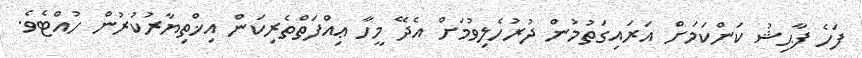
ފަހެ ފާޙިޝު ކަންކަމަށް އަރައިގަތުމުން ދުރުހެލިވުމަށް އެދޭ މީހާ ޢިއްފަތްތެރިކަން އިޚްތިޔާރުކުރުން ހުއްޓެވެ.